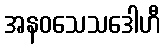
အနဝသေသဒေါဟီ